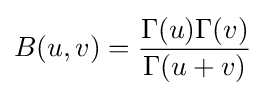
B(u,v)={\frac {\Gamma (u)\Gamma (v)}{\Gamma (u+v)}}